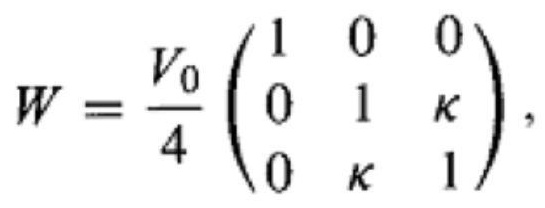
$W = \frac{V_0}{4} \begin{pmatrix} 1 & 0 & 0 \\ 0 & 1 & \kappa \\ 0 & \kappa & 1 \end{pmatrix},$